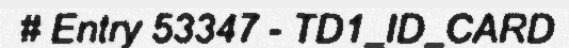
# Entry 53347 - TD1_ID_CARD